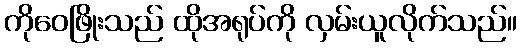
ကိုဝေဖြိုးသည် ထိုအရုပ်ကို လှမ်းယူလိုက်သည်။